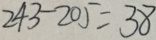
2 4 3 - 2 0 5 = 3 8